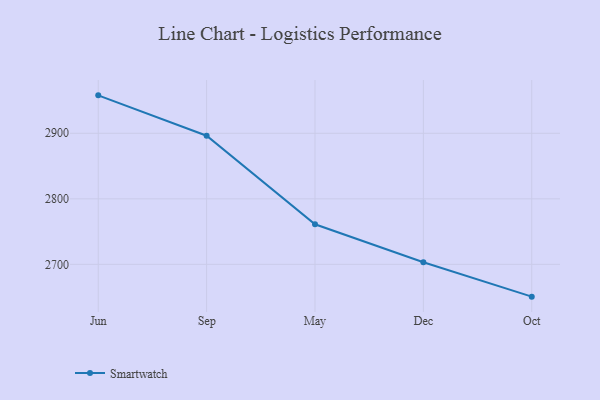
{"axis": {"x": "Month", "y": "Waste Production (Tons)"}, "legend": ["Smartwatch"], "data": [{"x": "Jun", "y": 2957.9, "type": "Smartwatch"}, {"x": "Sep", "y": 2896.3, "type": "Smartwatch"}, {"x": "May", "y": 2761.2, "type": "Smartwatch"}, {"x": "Dec", "y": 2703.3, "type": "Smartwatch"}, {"x": "Oct", "y": 2650.7, "type": "Smartwatch"}]}